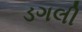
ડગલી